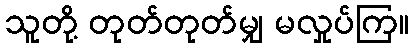
သူတို့ တုတ်တုတ်မျှ မလှုပ်ကြ။